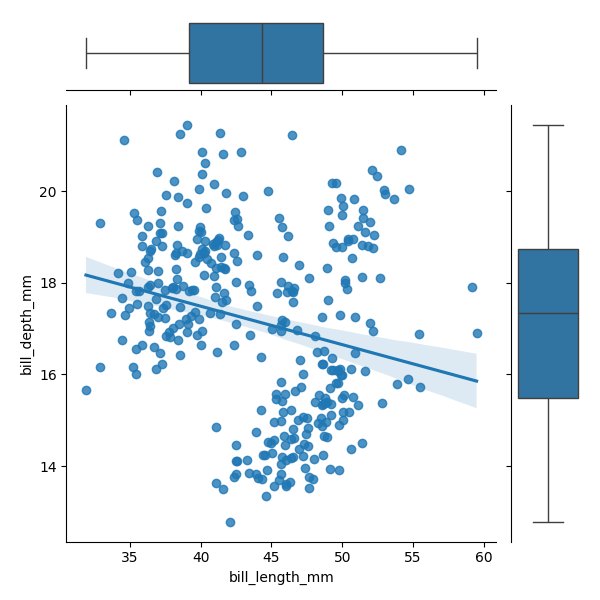
python, seaborn, JointGrid, regplot, boxplot